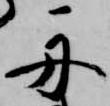
舟